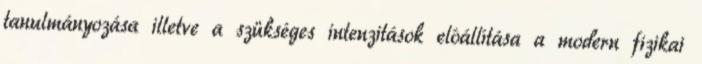
tanulmányozása illetve a szükséges intenzitások elôállítása a modern fizikai